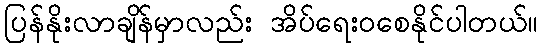
ပြန်နိုးလာချိန်မှာလည်း အိပ်ရေးဝစေနိုင်ပါတယ်။